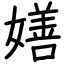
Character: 嫸